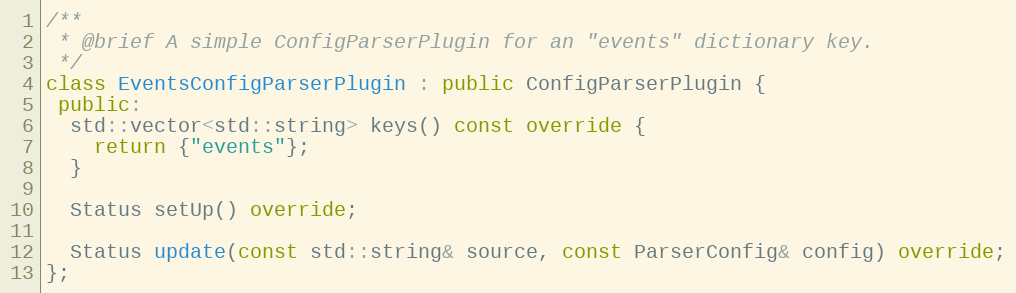
Language: C++
/**
 * @brief A simple ConfigParserPlugin for an "events" dictionary key.
 */
class EventsConfigParserPlugin : public ConfigParserPlugin {
 public:
  std::vector<std::string> keys() const override {
    return {"events"};
  }

  Status setUp() override;

  Status update(const std::string& source, const ParserConfig& config) override;
};